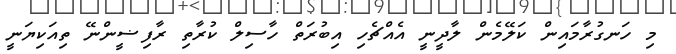
މި ހަނގުރާމައިން ކަލޭމެން ލާދީނީ އެއްޗެހި އިބުރަތް ހާސިލް ކުރާތި ރާފިޟީންނޭ ތިއަކިޔަނީ